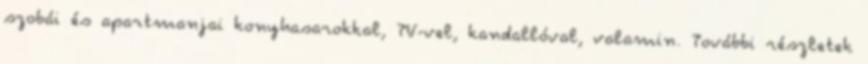
szobái és apartmanjai konyhasarokkal, TV-vel, kandallóval, valamin. További részletek